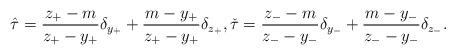
LaTeX: \begin{align*} \hat\tau = \frac{z_+-m}{z_+-y_+}\delta_{y_+} + \frac{m - y_+}{z_+-y_+}\delta_{z_+} , \check\tau = \frac{z_--m}{z_--y_-}\delta_{y_-} + \frac{m - y_-}{z_--y_-}\delta_{z_-} .\end{align*}